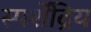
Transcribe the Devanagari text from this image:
स्पर्शेंद्रिय